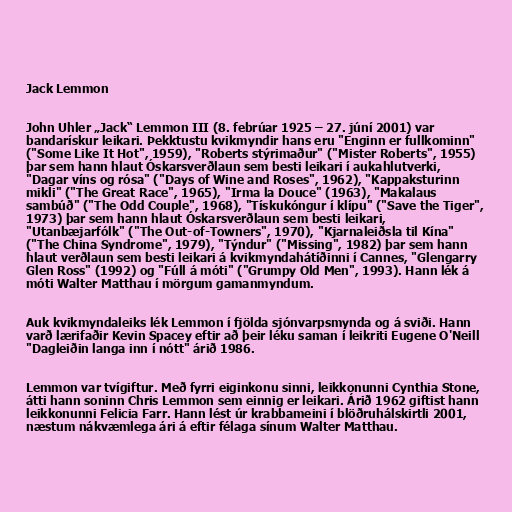
Jack Lemmon

John Uhler „Jack“ Lemmon III (8. febrúar 1925 – 27. júní 2001) var
bandarískur leikari. Þekktustu kvikmyndir hans eru "Enginn er fullkominn"
("Some Like It Hot", 1959), "Roberts stýrimaður" ("Mister Roberts", 1955)
þar sem hann hlaut Óskarsverðlaun sem besti leikari í aukahlutverki,
"Dagar víns og rósa" ("Days of Wine and Roses", 1962), "Kappaksturinn
mikli" ("The Great Race", 1965), "Irma la Douce" (1963), "Makalaus
sambúð" ("The Odd Couple", 1968), "Tískukóngur í klípu" ("Save the Tiger",
1973) þar sem hann hlaut Óskarsverðlaun sem besti leikari,
"Utanbæjarfólk" ("The Out-of-Towners", 1970), "Kjarnaleiðsla til Kína"
("The China Syndrome", 1979), "Týndur" ("Missing", 1982) þar sem hann
hlaut verðlaun sem besti leikari á kvikmyndahátíðinni í Cannes, "Glengarry
Glen Ross" (1992) og "Fúll á móti" ("Grumpy Old Men", 1993). Hann lék á
móti Walter Matthau í mörgum gamanmyndum.

Auk kvikmyndaleiks lék Lemmon í fjölda sjónvarpsmynda og á sviði. Hann
varð lærifaðir Kevin Spacey eftir að þeir léku saman í leikriti Eugene O'Neill
"Dagleiðin langa inn í nótt" árið 1986.

Lemmon var tvígiftur. Með fyrri eiginkonu sinni, leikkonunni Cynthia Stone,
átti hann soninn Chris Lemmon sem einnig er leikari. Árið 1962 giftist hann
leikkonunni Felicia Farr. Hann lést úr krabbameini í blöðruhálskirtli 2001,
næstum nákvæmlega ári á eftir félaga sínum Walter Matthau.